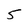
Character: 5